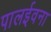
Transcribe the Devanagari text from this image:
पालईवना